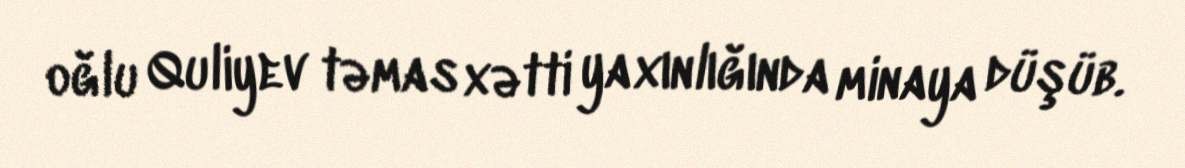
oğlu Quliyev təmas xətti yaxınlığında minaya düşüb.